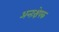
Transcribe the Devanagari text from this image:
अन्तःक्षेपक